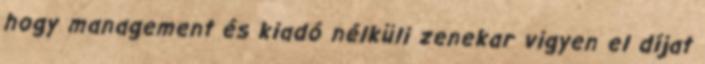
hogy management és kiadó nélküli zenekar vigyen el díjat